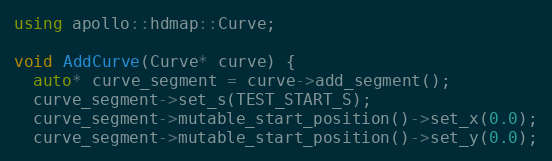
Language: C++
using apollo::hdmap::Curve;

void AddCurve(Curve* curve) {
  auto* curve_segment = curve->add_segment();
  curve_segment->set_s(TEST_START_S);
  curve_segment->mutable_start_position()->set_x(0.0);
  curve_segment->mutable_start_position()->set_y(0.0);